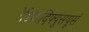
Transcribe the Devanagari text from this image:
रेडियोदिफ्युसयूर्स